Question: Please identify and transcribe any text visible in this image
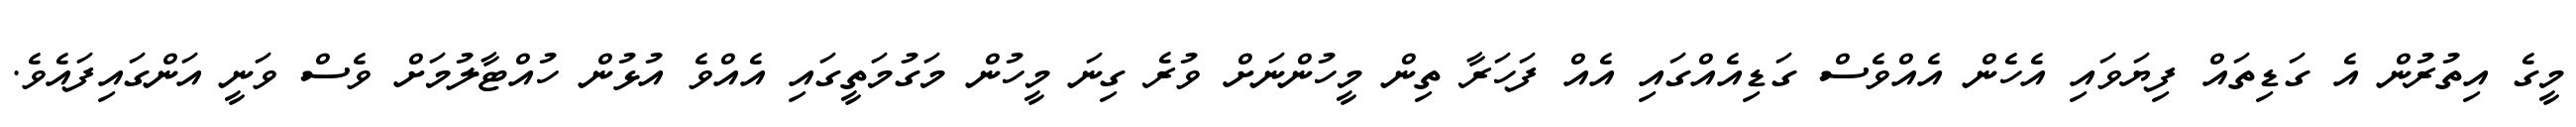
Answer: މީގެ އިތުރުން އެ ގަޑިތައް ފިޔަވައި އެހެން އެއްވެސް ގަޑިއެއްގައި އެއް ފަހަރާ ތިން މީހުންނަށް ވުރެ ގިނަ މީހުން މަގުމަތީގައި އެއްވެ އުޅުން ހުއްޓާލުމަށް ވެސް ވަނީ އަންގައިފައެވެ.